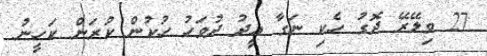
27 ވިލޭރޭ ދޮގު ހެކި ނަގާ އީދު ދުވަހު ހުކުން ކުރަން ކަހީނު